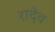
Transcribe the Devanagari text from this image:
रादेव